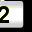
Digit: 2